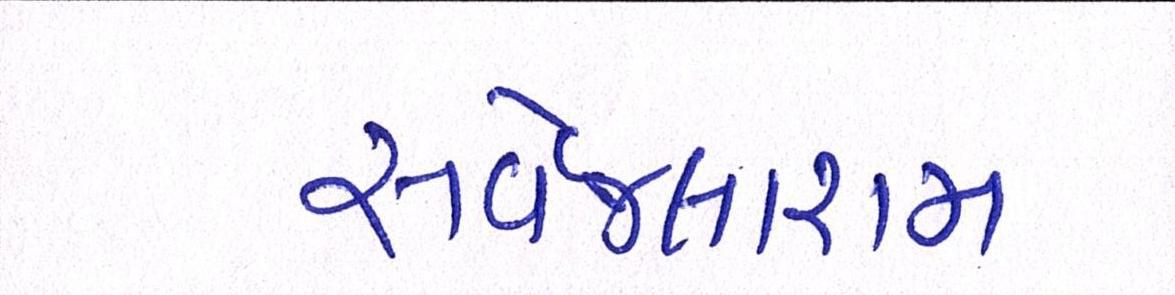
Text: સર્વેજલારામ